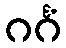
ဂင်္ဂံ